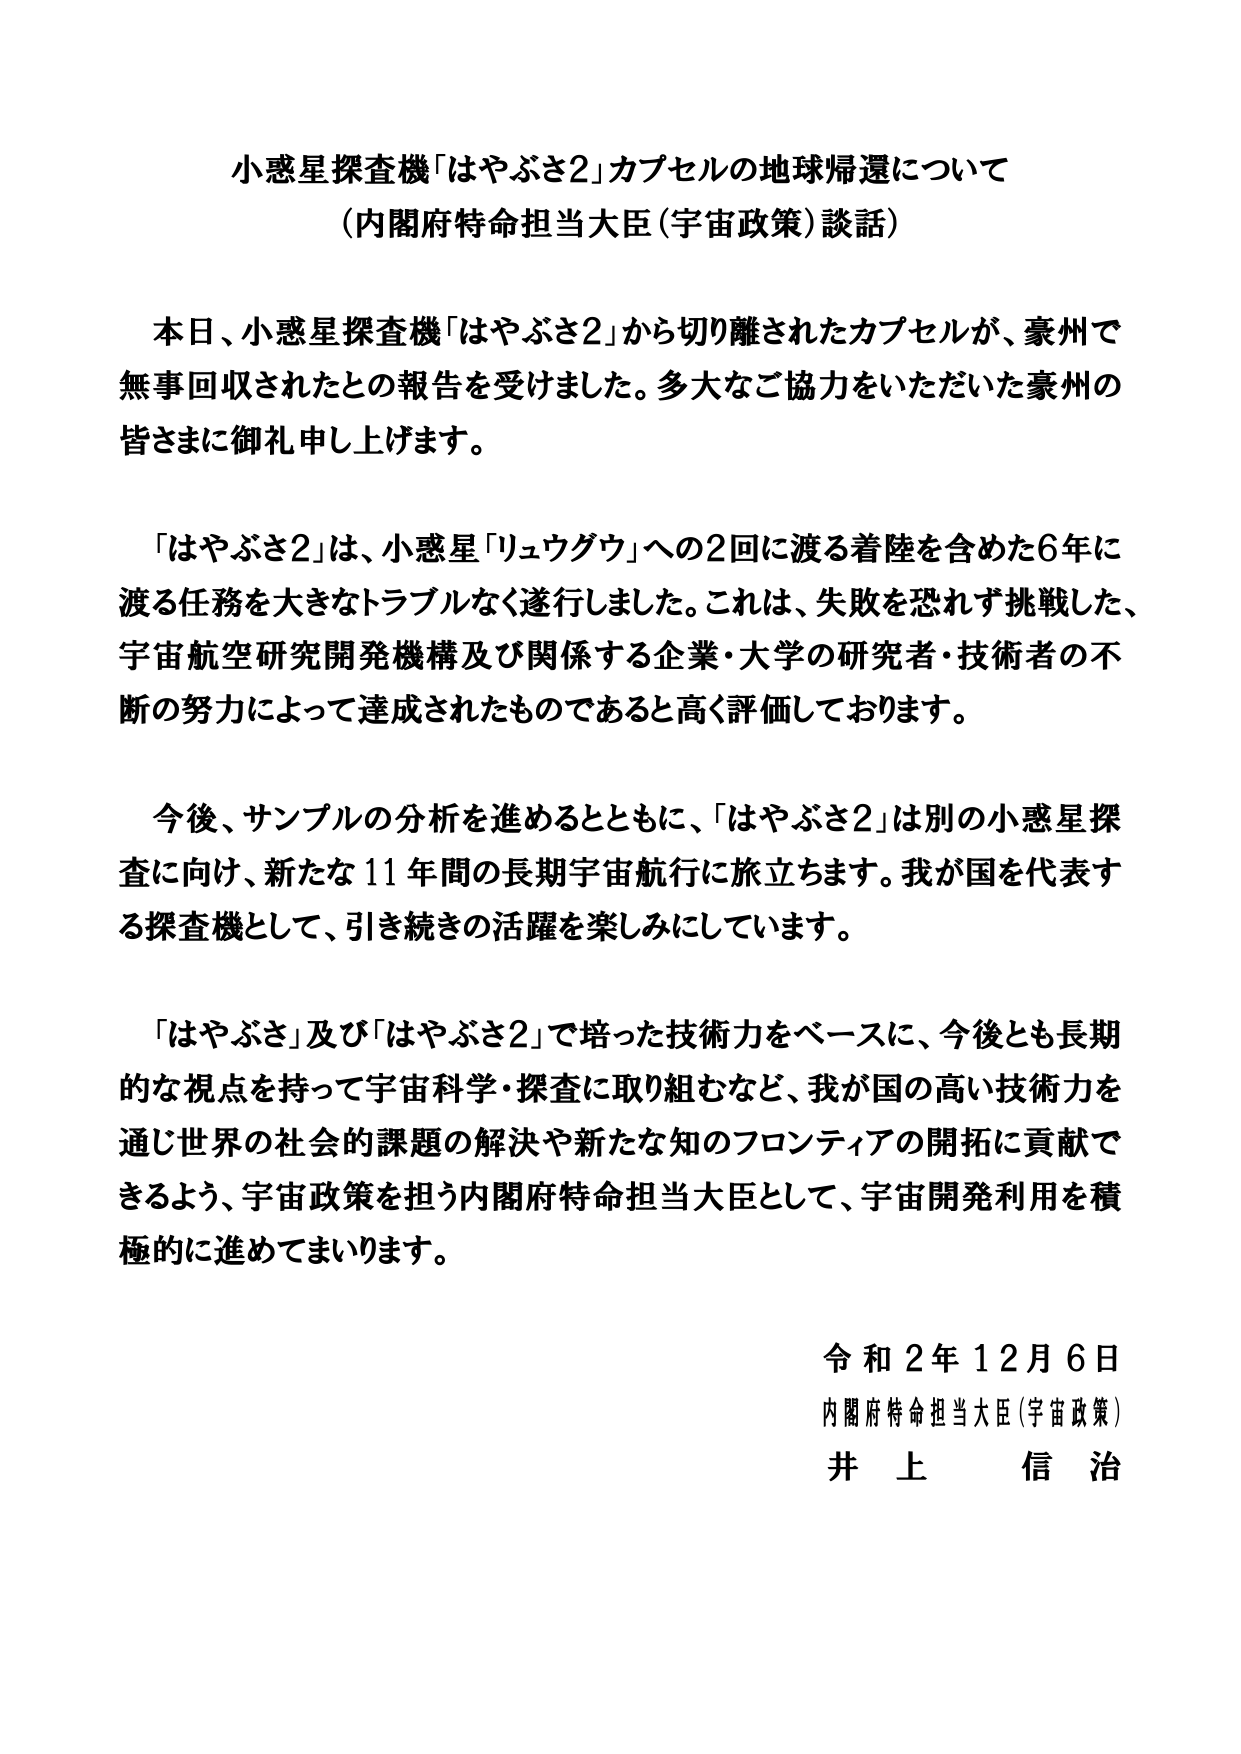
小惑星探査機「はやぶさ2」カプセルの地球帰還について
（内閣府特命担当大臣（宇宙政策）談話）

本日、小惑星探査機「はやぶさ2」から切り離されたカプセルが、豪州で無事回収されたとの報告を受けました。多大なご協力をいただいた豪州の皆さまに御礼申し上げます。

「はやぶさ2」は、小惑星「リュウグウ」への2回に渡る着陸を含めた6年に渡る任務を大きなトラブルなく遂行しました。これは、失敗を恐れず挑戦した、宇宙航空研究開発機構及び関係する企業・大学の研究者・技術者の不断の努力によって達成されたものであると高く評価しております。

今後、サンプルの分析を進めるとともに、「はやぶさ2」は別の小惑星探査に向け、新たな11年間の長期宇宙航行に旅立ちます。我が国を代表する探査機として、引き続きの活躍を楽しみにしています。

「はやぶさ」及び「はやぶさ2」で培った技術力をベースに、今後とも長期的な視点を持って宇宙科学・探査に取り組むなど、我が国の高い技術力を通じ世界の社会的課題の解決や新たな知のフロンティアの開拓に貢献できるよう、宇宙政策を担う内閣府特命担当大臣として、宇宙開発利用を積極的に進めてまいります。

令和2年12月6日
内閣府特命担当大臣（宇宙政策）
井上 信治